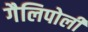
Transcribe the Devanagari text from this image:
गैलिपोली